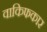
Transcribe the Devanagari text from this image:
वाकिफकार